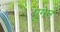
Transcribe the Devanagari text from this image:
पूगेन